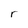
Character: r